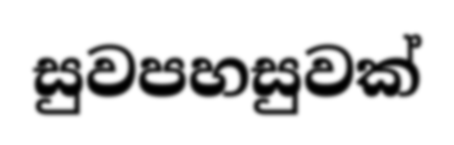
සුවපහසුවක්